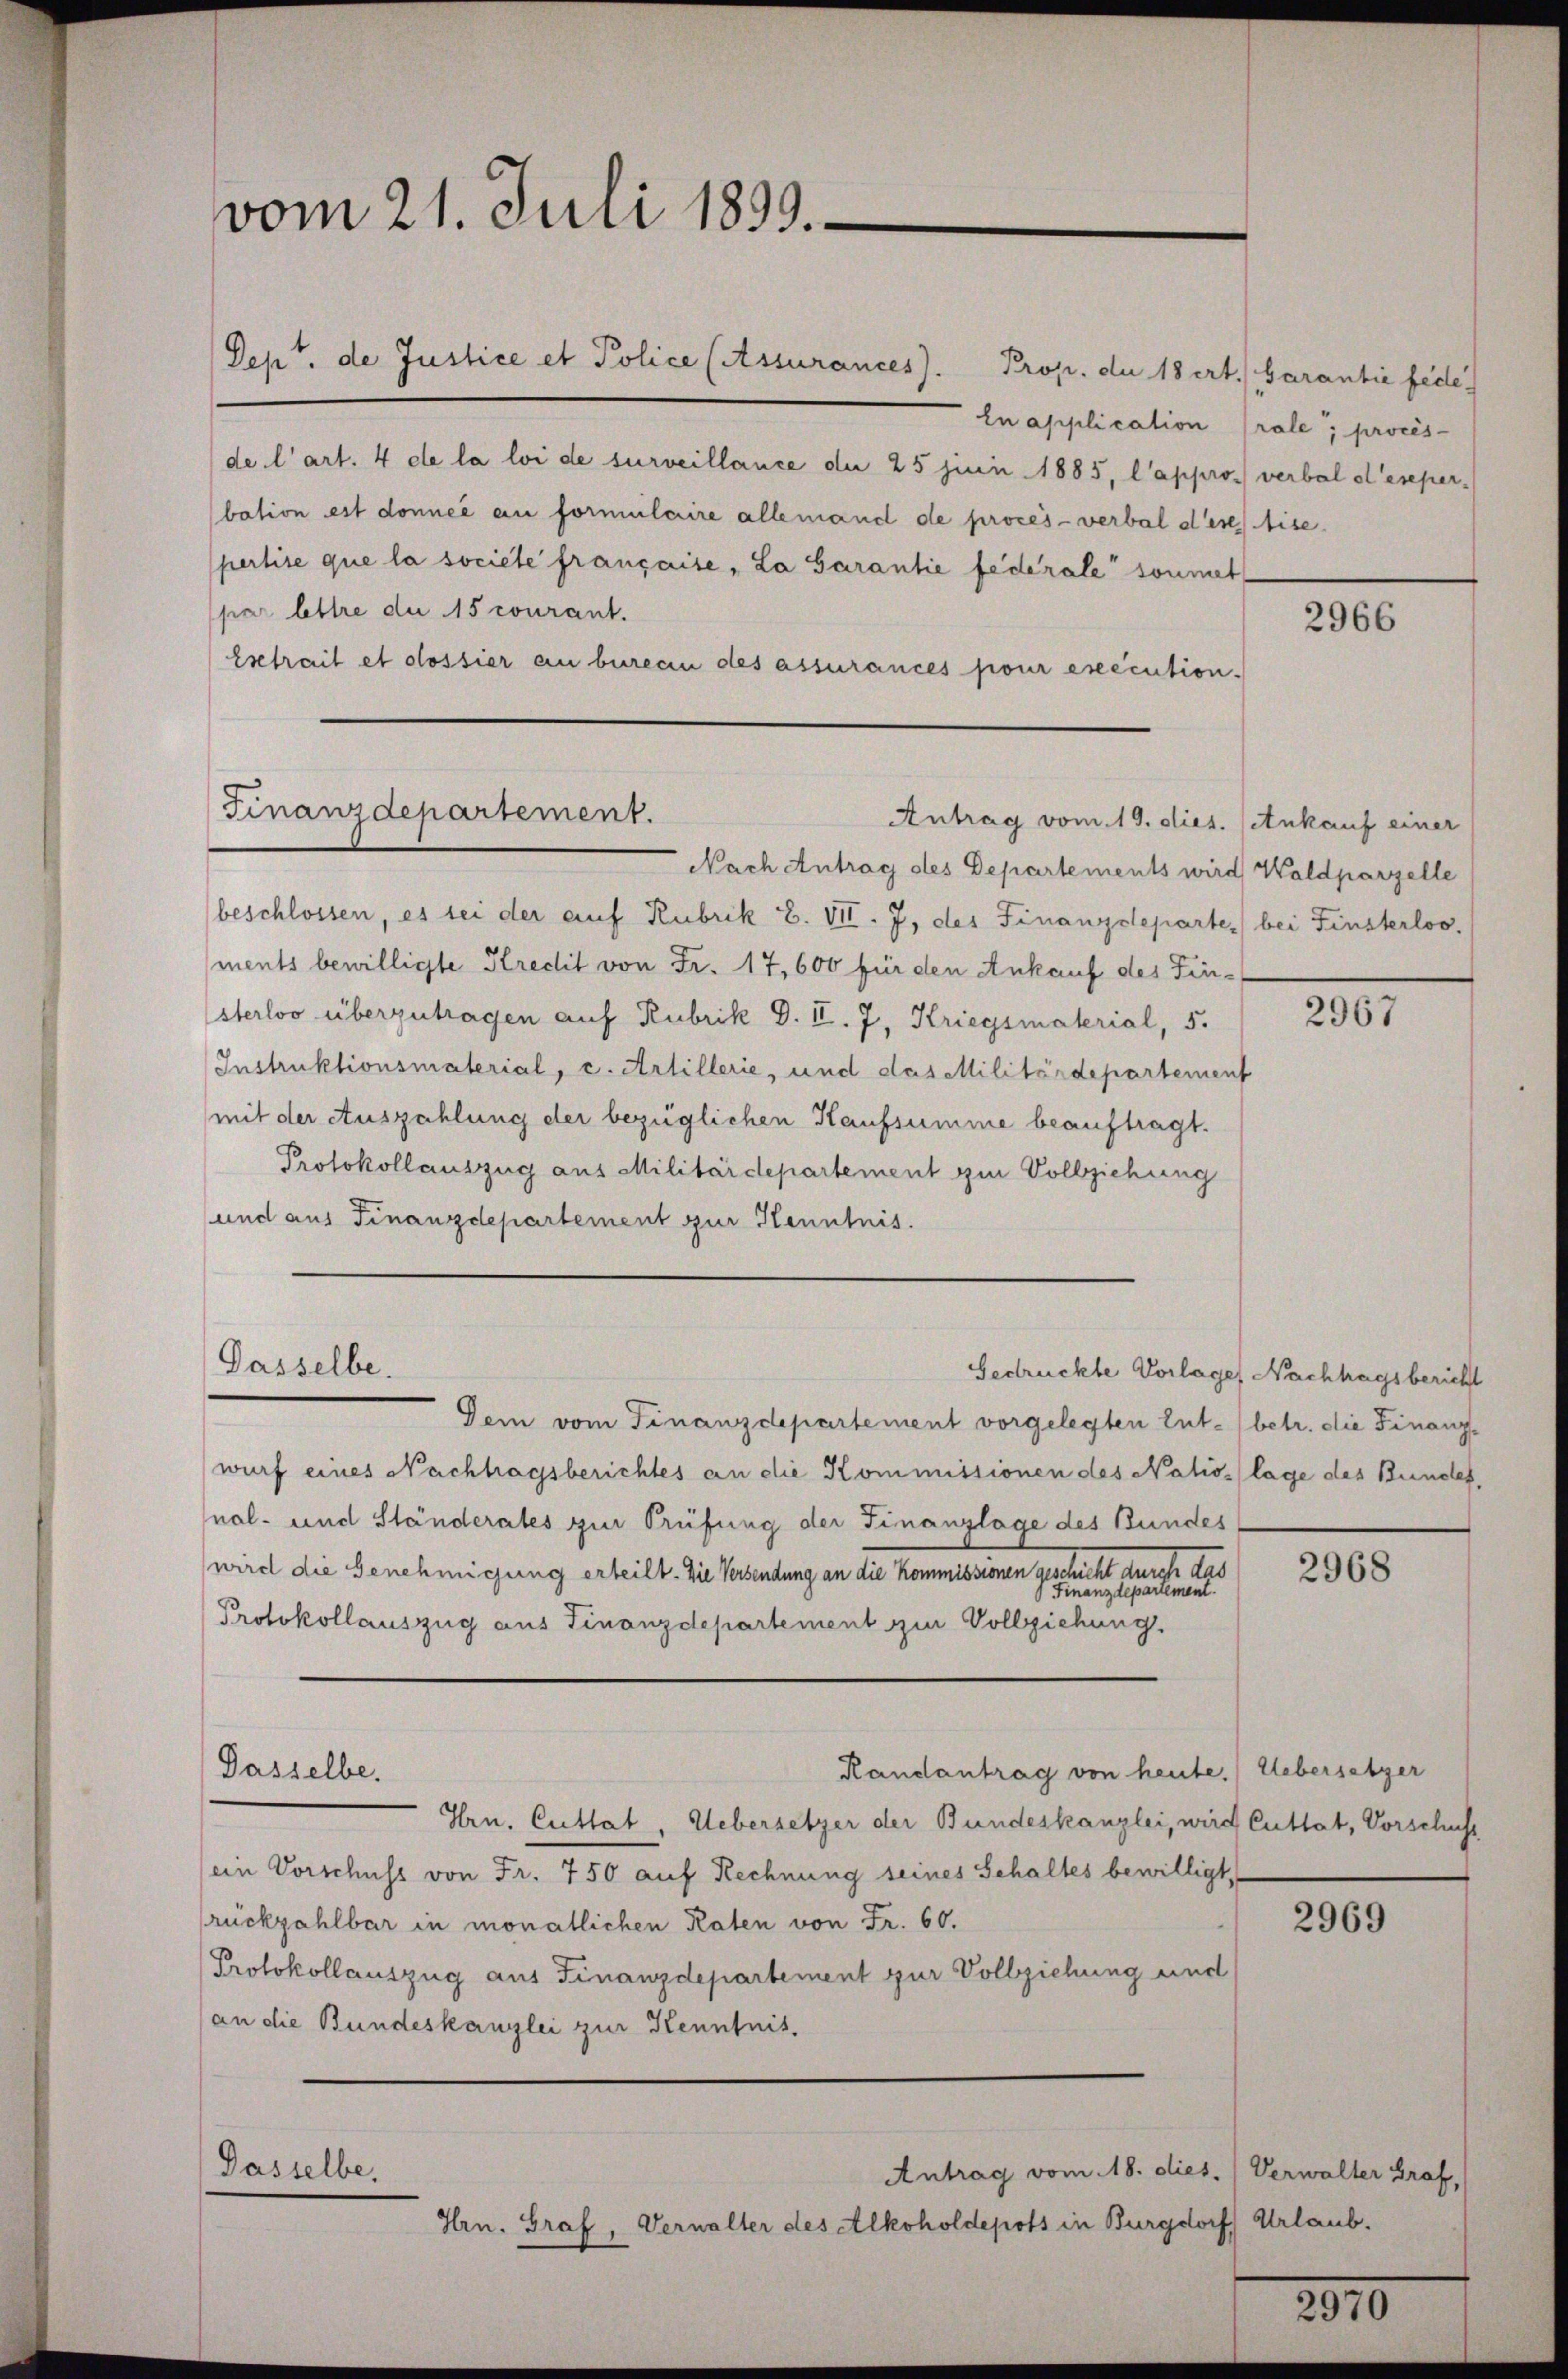
vom 21. Juli 1899.

Dept. de Justice et Police (Assurances). Prop. de 18 ert. Garantie fede
En application Prale, procès-
de l’art. 4 de la loi de surveillance de 25 juin 1885, l’appros verbal d’esper-
bation est donnée an formulaire allemand de procès-verbal ders ise
pertise que la societe française, La Garantie federale soumet
par lettre die 15 courant.
Esetrait et olossier an burecen des assurances pour execution.

Finanzdepartement.
Antrag vom 19. dies. (Ankauf einer

Nach Antrag des Departements wird Waldparzelle
beschlossen, es sei der auf Rubrik E. VII. J. des Finanzdeparte) bei Finsterloo,
ments bewilligte Kredit von Fr. 17,600 für den Ankauf des Fin-
sterloo überzutragen auf Rubrik d. II. 7, Kriegsmaterial, 5.
Instruktionsmaterial, c. Artillerie, und das Militärdepartement
mit der Auszahlung der bezüglichen Kaufsumme beauftragt.
Protokollauszug aus Militärdepartement zur Vollziehung
und aus Finanzdepartement zur Kenntnis.

Dasselbe.

Dasselbe,
Antrag vom 18. dies.) Verwalter Graf,
Hrn. Graf, Vernaller des Alkoholdepots in Burgdorf Urlaub.

Sei vom Finanzdepartement vorgelegten Ent- (betr. die Finanzwurf eines Nachhagsberichtes an die Kommissionen des Natioslage des Bundes,
nal- und Ständerates zur Prüfung der Finanzlage des Bundes
wird die Genehmigung erteilt. Die Versendung an die Kommissionen geschicht

Protokollauszug aus Finanzdepartement zur Vollziehung.
Randantrag von heute. Uebersetzer
Dasselbe.
Hrn. Cuttat. Uebersetzer der Bundeskanzlei, wird Cuttat, Vorschust
(ein Vorschuss von Fr. 750 auf Rechnung seines Schaltes bewilligt,
rückzahlbar in monatlichen Raten von Fr. 60.
Protokollauszug aus Finanzdepartement zur Vollziehung und
an die Bundeskanzlei zur Kenntnis.

2966

2967

Gedrückte Vorlage Nachlagsbericht

2968

2969

2570